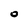
Character: 0